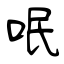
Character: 呡